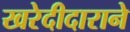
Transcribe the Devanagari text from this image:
खरेदीदाराने